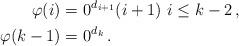
LaTeX: \begin{align*}\begin{aligned}\varphi(i)=&\ 0^{d_{i+1}}(i+1)\ i\leq k-2\,,\\\varphi(k-1)=&\ 0^{d_k}\,.\end{aligned}\end{align*}